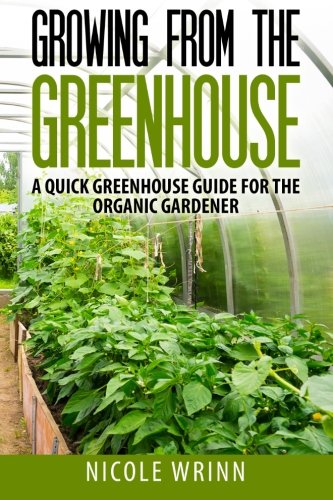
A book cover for Growing From the Greenhouse: A Quick Greenhouse Guide for the Organic Gardener; Nicole Wrinn; Crafts, Hobbies & Home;